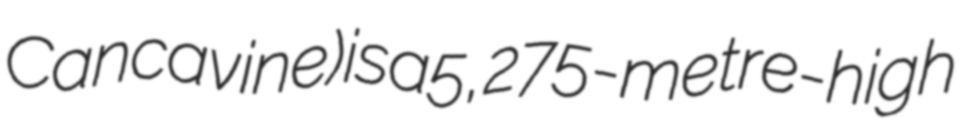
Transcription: Cancavine) is a 5,275-metre-high